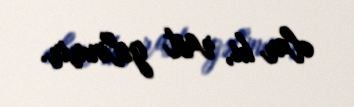
olar ki, rast gəlinmir.